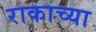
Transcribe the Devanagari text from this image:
राकाच्या